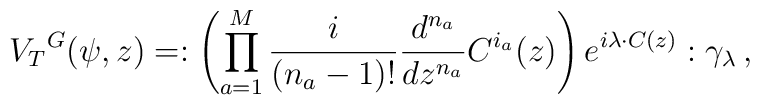
{V_T}^G(\psi,z)=:\left(\prod^M_{a=1}{i\over(n_a-1)!}{d^{n_a}\over dz^{n_a}}C^{i_a}(z)\right)e^{i\lambda\cdot C(z)}:\gamma_\lambda\,,